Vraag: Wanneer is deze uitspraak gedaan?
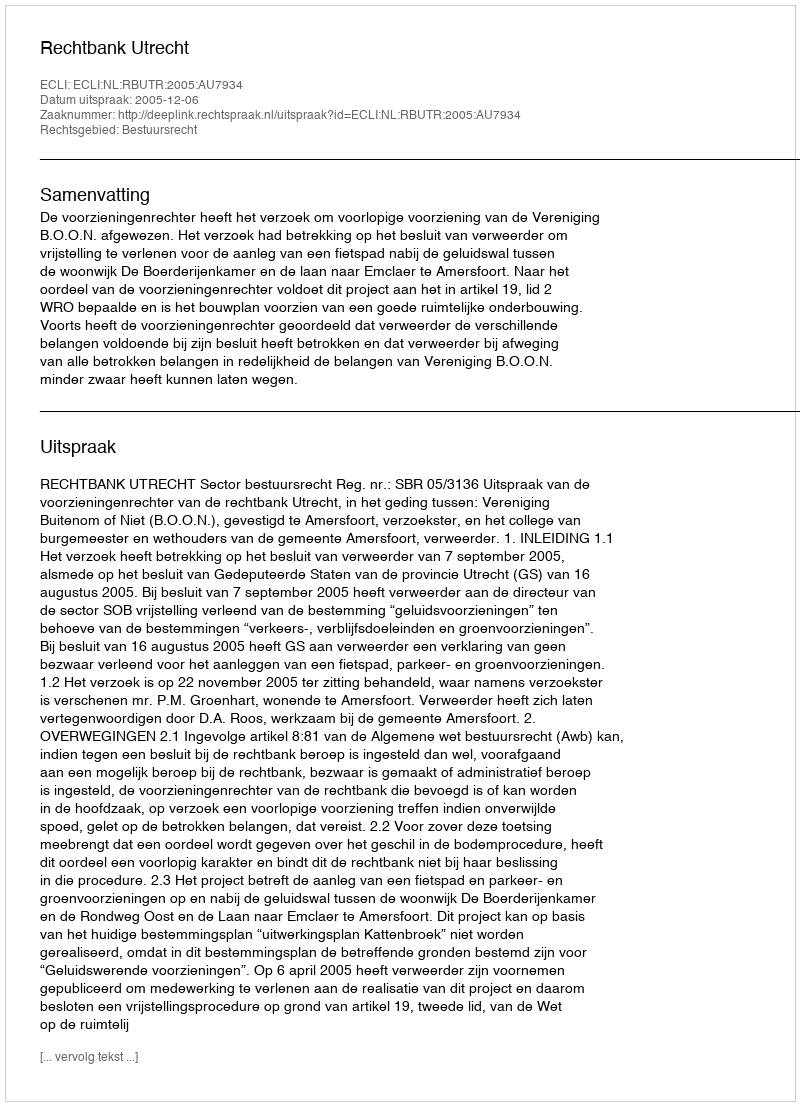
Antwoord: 2005-12-06